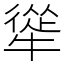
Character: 㹐